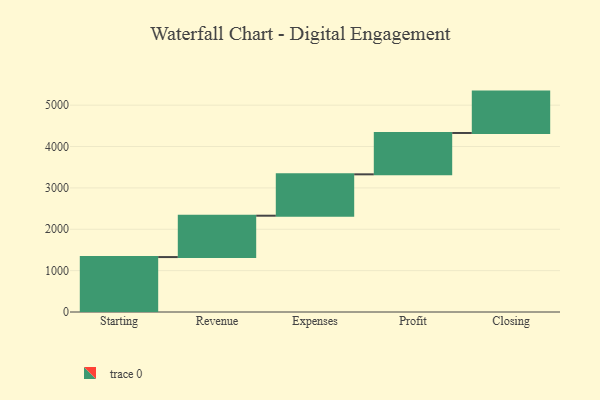
{"axis": {"x": "Step", "y": "Value"}, "legend": [""], "data": [{"x": "Starting", "y": 1328.0, "type": ""}, {"x": "Revenue", "y": 1000, "type": ""}, {"x": "Expenses", "y": 1000, "type": ""}, {"x": "Profit", "y": 1000, "type": ""}, {"x": "Closing", "y": 1000, "type": ""}]}